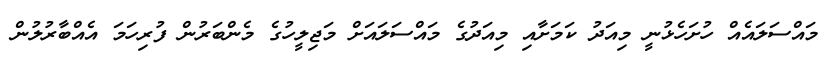
މައްސަލައެއް ހުށަހެޅުނީ މިއަދު ކަަމަށާއި މިއަދުގެ މައްސަަލައަށް މަޖިލީހުގެ މެންބަރުން ފުރިހަމަ އެއްބާރުލުން